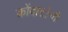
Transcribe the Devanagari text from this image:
कोंदाटोनी